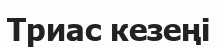
Триас кезеңі